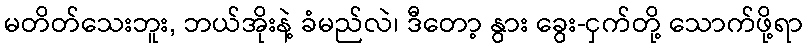
မတိတ်သေးဘူး, ဘယ်အိုးနဲ့ ခံမည်လဲ၊ ဒီတော့ နွား ခွေး-ငှက်တို့ သောက်ဖို့ရာ